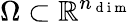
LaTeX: \Omega\subset\mathbb{R}^{n_{\mathrm{~d~i~m~}}}